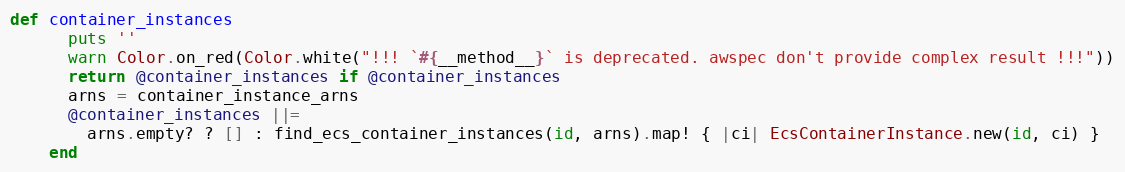
Language: Ruby
def container_instances
      puts ''
      warn Color.on_red(Color.white("!!! `#{__method__}` is deprecated. awspec don't provide complex result !!!"))
      return @container_instances if @container_instances
      arns = container_instance_arns
      @container_instances ||=
        arns.empty? ? [] : find_ecs_container_instances(id, arns).map! { |ci| EcsContainerInstance.new(id, ci) }
    end